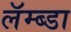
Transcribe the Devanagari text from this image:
लॅम्ब्डा